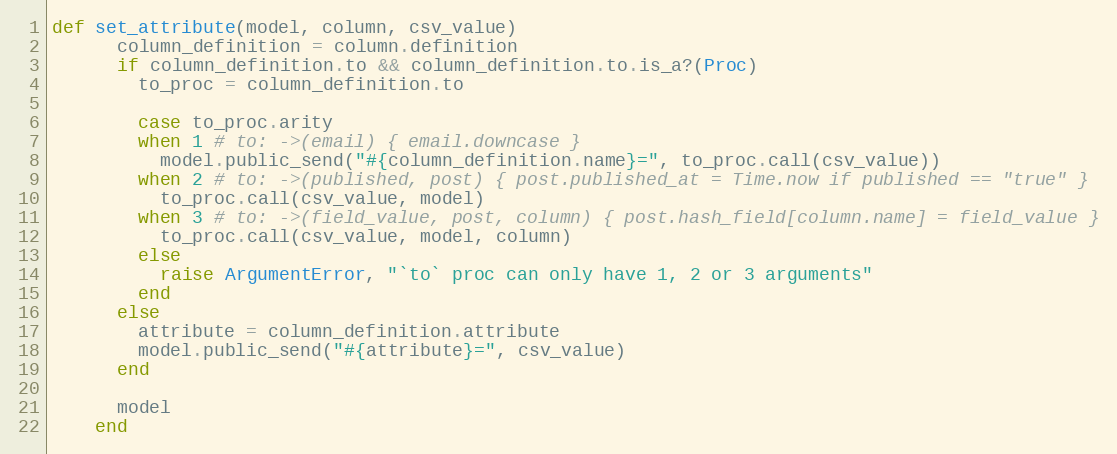
Language: Ruby
def set_attribute(model, column, csv_value)
      column_definition = column.definition
      if column_definition.to && column_definition.to.is_a?(Proc)
        to_proc = column_definition.to

        case to_proc.arity
        when 1 # to: ->(email) { email.downcase }
          model.public_send("#{column_definition.name}=", to_proc.call(csv_value))
        when 2 # to: ->(published, post) { post.published_at = Time.now if published == "true" }
          to_proc.call(csv_value, model)
        when 3 # to: ->(field_value, post, column) { post.hash_field[column.name] = field_value }
          to_proc.call(csv_value, model, column)
        else
          raise ArgumentError, "`to` proc can only have 1, 2 or 3 arguments"
        end
      else
        attribute = column_definition.attribute
        model.public_send("#{attribute}=", csv_value)
      end

      model
    end